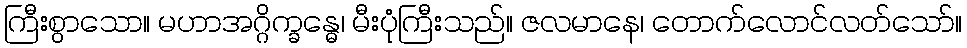
ကြီးစွာသော။ မဟာအဂ္ဂိက္ခန္ဓေ၊ မီးပုံကြီးသည်။ ဇလမာနေ၊ တောက်လောင်လတ်သော်။